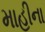
માહીના